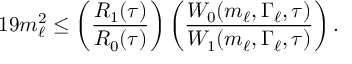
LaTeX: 1 9 m _ { \ell } ^ { 2 } \leq \left( \frac { R _ { 1 } ( \tau ) } { R _ { 0 } ( \tau ) } \right) \left( \frac { W _ { 0 } ( m _ { \ell } , \Gamma _ { \ell } , \tau ) } { W _ { 1 } ( m _ { \ell } , \Gamma _ { \ell } , \tau ) } \right) .